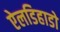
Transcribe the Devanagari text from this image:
ऐलडिहाडो